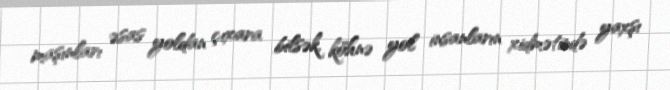
maşınları əsas yoldan çıxara bilsək, köhnə yol insanların xidmətində yaxşı